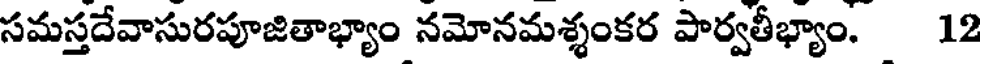
సమస్తదేవాసురపూజితాభ్యాం నమోనమశ్శంకర పార్వతీభ్యాం. 12